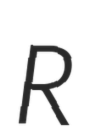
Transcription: R